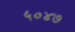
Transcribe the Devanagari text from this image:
५०४७